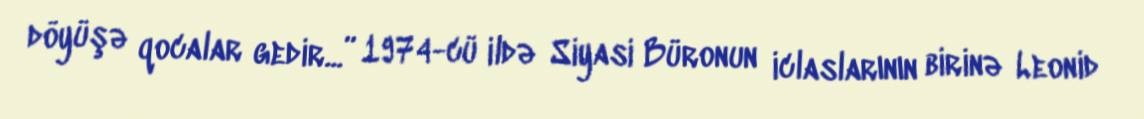
döyüşə qocalar gedir...” 1974-cü ildə Siyasi Büronun iclaslarının birinə Leonid